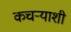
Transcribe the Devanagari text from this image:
कचऱ्याशी